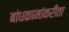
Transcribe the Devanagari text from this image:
बांधकामांकरीता